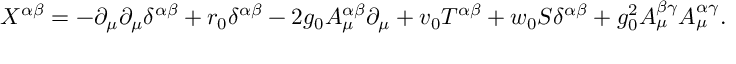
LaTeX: X ^ { \alpha \beta } = - \partial _ { \mu } \partial _ { \mu } \delta ^ { \alpha \beta } + r _ { 0 } \delta ^ { \alpha \beta } - 2 g _ { 0 } A _ { \mu } ^ { \alpha \beta } \partial _ { \mu } + v _ { 0 } T ^ { \alpha \beta } + w _ { 0 } S \delta ^ { \alpha \beta } + g _ { 0 } ^ { 2 } A _ { \mu } ^ { \beta \gamma } A _ { \mu } ^ { \alpha \gamma } .